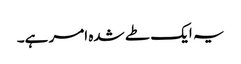
یہ ایک طے شدہ امر ہے۔